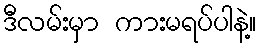
ဒီလမ်းမှာ ကားမရပ်ပါနဲ့။